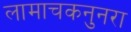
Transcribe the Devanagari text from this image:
लामाचकनुनरा